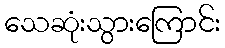
သေဆုံးသွားကြောင်း